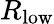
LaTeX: R_{\mathrm{low}}